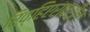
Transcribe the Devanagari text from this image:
रिव्हिएरावरील